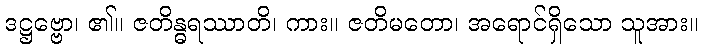
ဒဋ္ဌဗ္ဗော၊ ၏။ ဇတိန္ဓရဿာတိ၊ ကား။ ဇတိမတော၊ အရောင်ရှိသော သူအား။